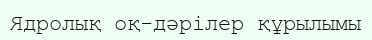
Ядролық оқ-дәрілер құрылымы